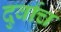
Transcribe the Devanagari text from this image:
दुर्वाच